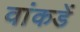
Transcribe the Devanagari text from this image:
वांकडें